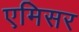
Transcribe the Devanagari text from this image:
एमिसर